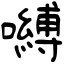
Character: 嚩